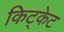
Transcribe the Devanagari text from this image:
किट्केट